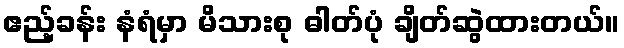
ဧည့်ခန်း နံရံမှာ မိသားစု ဓါတ်ပုံ ချိတ်ဆွဲထားတယ်။